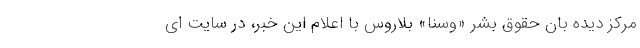
مرکز دیده بان حقوق بشر «وسنا» بلاروس با اعلام این خبر، در سایت ای